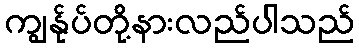
ကျွန်ုပ်တို့နားလည်ပါသည်